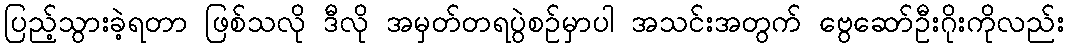
ပြည့်သွားခဲ့ရတာ ဖြစ်သလို ဒီလို အမှတ်တရပွဲစဉ်မှာပါ အသင်းအတွက် ဗွေဆော်ဦးဂိုးကိုလည်း